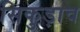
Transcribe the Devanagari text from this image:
सिकुड़ाव